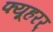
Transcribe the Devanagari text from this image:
फ्यूहरर्